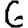
Digit: 6